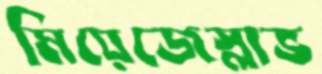
মিয়েজেস্লাভ